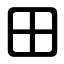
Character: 田